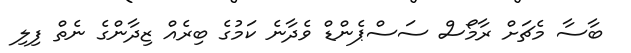
ބާސާ މެޗަށް ރާމޯސް ސަސްޕެންޑް ވެދާނެ ކަމުގެ ބިރެއް ޒިދާންގެ ނެތް ފިލި